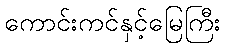
ကောင်းကင်နှင့်မြေကြီး